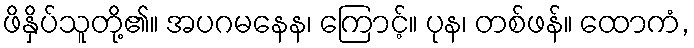
ဖိနှိပ်သူတို့၏။ အပဂမနေန၊ ကြောင့်။ ပုန၊ တစ်ဖန်။ ထောကံ,